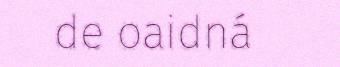
de oaidná